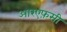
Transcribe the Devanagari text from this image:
आरएफ़सी